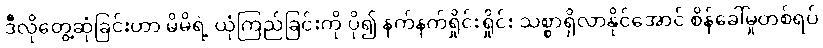
ဒီလိုတွေ့ဆုံခြင်းဟာ မိမိရဲ့ ယုံကြည်ခြင်းကို ပို၍ နက်နက်ရှိုင်းရှိုင်း သစ္စာရှိလာနိုင်အောင် စိန်ခေါ်မှုတစ်ရပ်